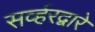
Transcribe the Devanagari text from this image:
सर्व्हरद्वारे